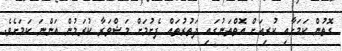
ގޮތުން ކަމަށާއި ކުރިއަށް އޮތްތަނުގައި ދަތުރުތައް ފެށުމަށް މަޝްވަރާ ކުރަމުން އަންނަ ކަމަށެވެ.